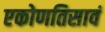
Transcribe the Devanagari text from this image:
एकोणतिसावं